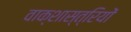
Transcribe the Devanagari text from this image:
वाक्शास्त्रियों